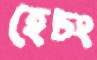
হেচং